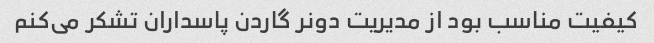
کیفیت مناسب بود از مدیریت دونر گاردن پاسداران تشکر می‌کنم